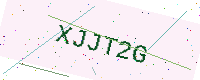
Text: XJJT2G